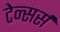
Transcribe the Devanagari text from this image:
टेन्सर्स